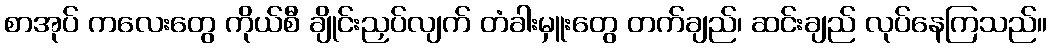
စာအုပ် ကလေးတွေ ကိုယ်စီ ချိုင်းညှပ်လျက် တံခါးမှူးတွေ တက်ချည်၊ ဆင်းချည် လုပ်နေကြသည်။